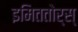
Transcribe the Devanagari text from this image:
इमिततोर्स्